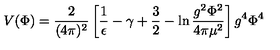
V ( \Phi ) = \frac { 2 } { ( 4 \pi ) ^ { 2 } } \left[ \frac { 1 } { \epsilon } - \gamma + \frac { 3 } { 2 } - \ln \frac { g ^ { 2 } \Phi ^ { 2 } } { 4 \pi \mu ^ { 2 } } \right] g ^ { 4 } \Phi ^ { 4 }